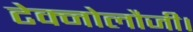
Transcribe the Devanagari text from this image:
टेक्नोलौजी।